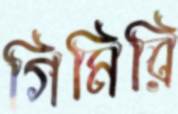
গিমিরি